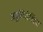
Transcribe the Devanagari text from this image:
अन्नुलिरोस्त्रिस